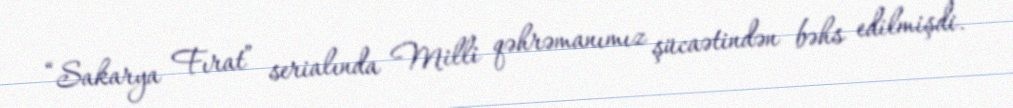
“Sakarya Fırat” serialında Milli qəhrəmanımız şücaətindən bəhs edilmişdi.